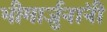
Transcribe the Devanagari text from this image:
भीमार्जुनांनी